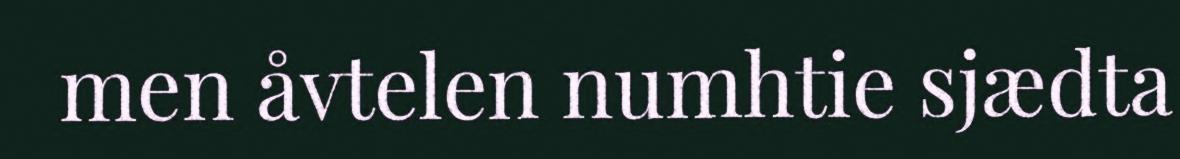
men åvtelen numhtie sjædta